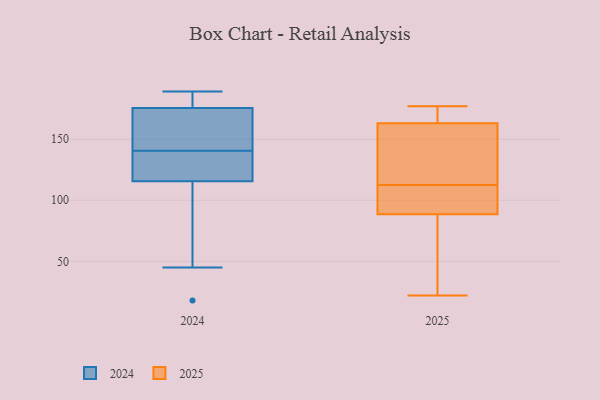
{"axis": {"x": "Active Users", "y": "Value"}, "legend": ["2024", "2025"], "data": [{"x": "", "y": 163, "type": "2024"}, {"x": "", "y": 160, "type": "2024"}, {"x": "", "y": 149, "type": "2024"}, {"x": "", "y": 188, "type": "2024"}, {"x": "", "y": 45, "type": "2024"}, {"x": "", "y": 114, "type": "2024"}, {"x": "", "y": 117, "type": "2024"}, {"x": "", "y": 189, "type": "2024"}, {"x": "", "y": 132, "type": "2024"}, {"x": "", "y": 189, "type": "2024"}, {"x": "", "y": 127, "type": "2024"}, {"x": "", "y": 18, "type": "2024"}, {"x": "", "y": 112, "type": "2025"}, {"x": "", "y": 43, "type": "2025"}, {"x": "", "y": 92, "type": "2025"}, {"x": "", "y": 177, "type": "2025"}, {"x": "", "y": 174, "type": "2025"}, {"x": "", "y": 86, "type": "2025"}, {"x": "", "y": 113, "type": "2025"}, {"x": "", "y": 22, "type": "2025"}, {"x": "", "y": 170, "type": "2025"}, {"x": "", "y": 140, "type": "2025"}, {"x": "", "y": 32, "type": "2025"}, {"x": "", "y": 156, "type": "2025"}, {"x": "", "y": 173, "type": "2025"}, {"x": "", "y": 155, "type": "2025"}, {"x": "", "y": 109, "type": "2025"}, {"x": "", "y": 91, "type": "2025"}]}